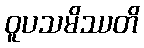
ဝူပသမိဿတိ